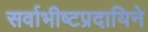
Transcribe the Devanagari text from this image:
सर्वाभीष्टप्रदायिने